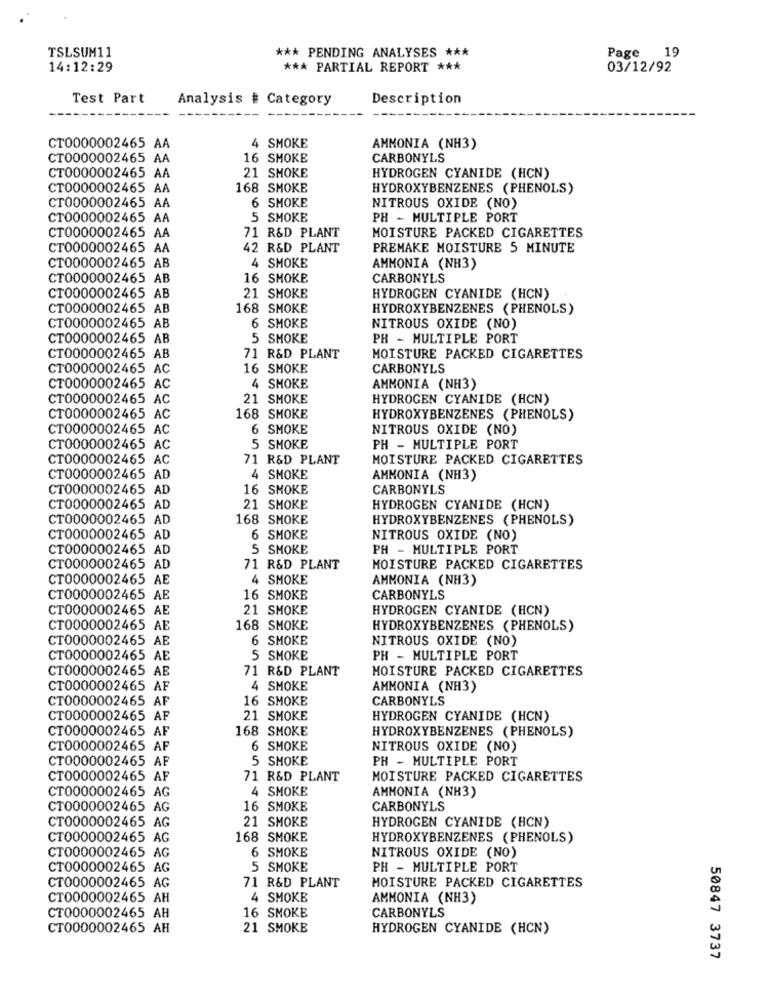
TSLSUM11
*** PENDING ANALYSES ***
Page 19
14:12:29
*** PARTIAL REPORT ***
03/12/92
Test Part
Analysis # Category
Description
CT0000002465 AA
4 SMOKE
AMMONIA (NH3)
CT0000002465 AA
16 SMOKE
CARBONYLS
CT0000002465 AA
21 SMOKE
HYDROGEN CYANIDE (HCN)
CT0000002465 AA
168 SMOKE
HYDROXYBENZENES (PHENOLS)
CT0000002465 AA
6 SMOKE
NITROUS OXIDE (NO)
CT0000002465 AA
5 SMOKE
PH - MULTIPLE PORT
CT0000002465 AA
71 R&D PLANT
MOISTURE PACKED CIGARETTES
CT0000002465 AA
42 R&D PLANT
PREMAKE MOISTURE 5 MINUTE
CT0000002465 AB
4 SMOKE
AMMONIA (NH3)
CT0000002465 AB
16 SMOKE
CARBONYLS
CT0000002465 AB
21 SMOKE
HYDROGEN CYANIDE (HCN)
CT0000002465 AB
168 SMOKE
HYDROXYBENZENES (PHENOLS)
CT0000002465 AB
6 SMOKE
NITROUS OXIDE (NO)
CT0000002465 AB
5 SMOKE
PH - MULTIPLE PORT
CT0000002465 AB
71 R&D PLANT
MOISTURE PACKED CIGARETTES
CT0000002465 AC
16 SMOKE
CARBONYLS
CT0000002465 AC
4 SMOKE
AMMONIA (NH3)
CT0000002465 AC
21 SMOKE
HYDROGEN CYANIDE (HCN)
CT0000002465 AC
168 SMOKE
HYDROXYBENZENES (PHENOLS)
CT0000002465 AC
6 SMOKE
NITROUS OXIDE (NO)
CT0000002465 AC
5 SMOKE
PH - MULTIPLE PORT
CT0000002465 AC
71 R&D PLANT
MOISTURE PACKED CIGARETTES
CT0000002465 AD
4 SMOKE
AMMONIA (NH3)
CT0000002465 AD
16 SMOKE
CARBONYLS
CT0000002465 AD
21 SMOKE
HYDROGEN CYANIDE (HCN)
CT0000002465 AD
168 SMOKE
HYDROXYBENZENES (PHENOLS)
CT0000002465 AD
6 SMOKE
NITROUS OXIDE (NO)
CT0000002465 AD
5 SMOKE
PH - MULTIPLE PORT
CT0000002465 AD
71 R&D PLANT
MOISTURE PACKED CIGARETTES
CT0000002465 AE
4 SMOKE
AMMONIA (NH3)
CT0000002465 AE
16 SMOKE
CARBONYLS
CT0000002465 AE
21 SMOKE
HYDROGEN CYANIDE (HCN)
CT0000002465 AE
168 SMOKE
HYDROXYBENZENES (PHENOLS)
CT0000002465 AE
6 SMOKE
NITROUS OXIDE (NO)
CT0000002465 AE
5 SMOKE
PH - MULTIPLE PORT
CT0000002465 AE
71 R&D PLANT
MOISTURE PACKED CIGARETTES
CT0000002465 AF
4 SMOKE
AMMONIA (NH3)
CT0000002465 AF
16 SMOKE
CARBONYLS
CT0000002465 AF
21 SMOKE
HYDROGEN CYANIDE (HCN)
CT0000002465 AF
168 SMOKE
HYDROXYBENZENES (PHENOLS)
CT0000002465 AF
6 SMOKE
NITROUS OXIDE (NO)
CT0000002465 AF
5 SMOKE
PH - MULTIPLE PORT
CT0000002465 AF
71 R&D PLANT
MOISTURE PACKED CIGARETTES
CT0000002465 AG
4 SMOKE
AMMONIA (NH3)
CT0000002465 AG
16 SMOKE
CARBONYLS
CT0000002465 AG
21 SMOKE
HYDROGEN CYANIDE (HCN)
CT0000002465 AG
168 SMOKE
HYDROXYBENZENES (PHENOLS)
CT0000002465 AG
6 SMOKE
NITROUS OXIDE (NO)
CT0000002465 AG
5 SMOKE
PH - MULTIPLE PORT
MOISTURE PACKED CIGARETTES
CT0000002465 AG
71 R&D PLANT
CT0000002465 AH
4 SMOKE
AMMONIA (NH3)
CT0000002465 AH
16 SMOKE
CARBONYLS
CT0000002465 AH
21 SMOKE
HYDROGEN CYANIDE (HCN)
50847 3737